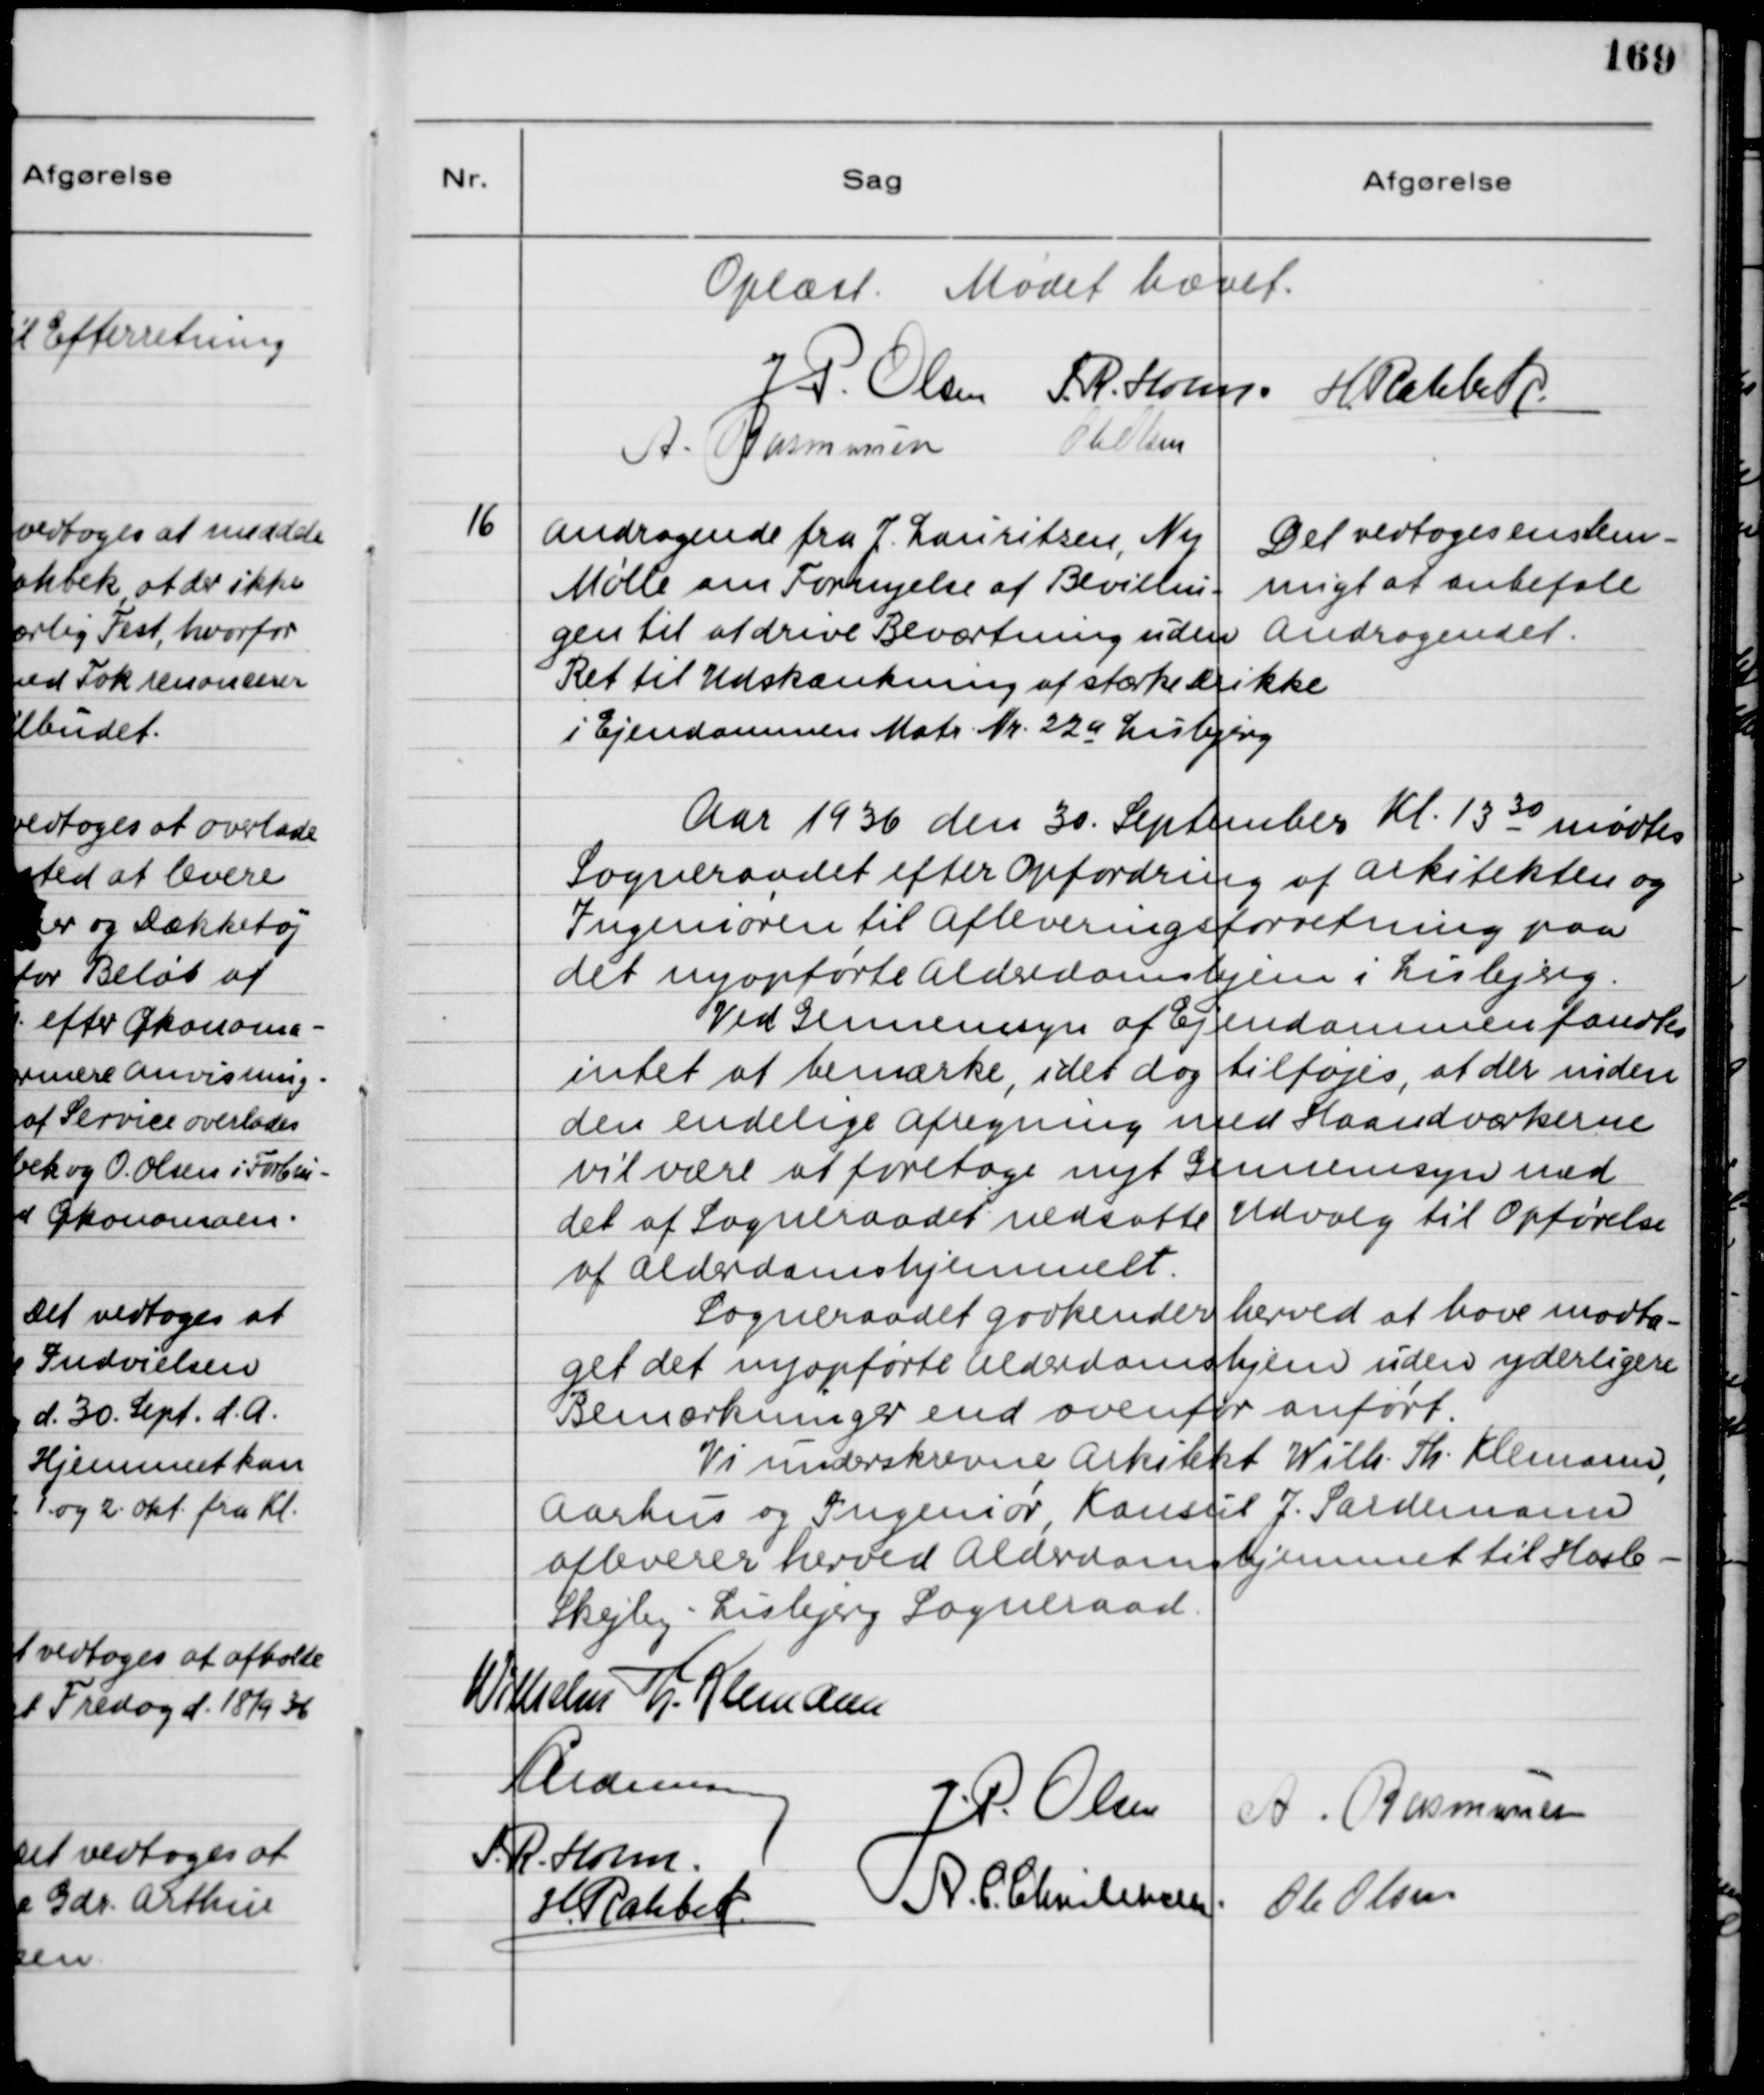
Transskription:
Oplæst. Mødet hævet.
J.P. Olsen
S. R Holm
H. Rahbek
A. Rasmussen
Ole Olsen
16
Andragende fra Lauritsen, Ny
Mølle om Fornyelse af Bevillin-
gen til at drive Beværtning uden
Ret til Udskænkning af stærke drikke
i Ejendommen Matr. Nr. 22a Lisbjerg
Det vedtoges enstem-
migt at anbefale
Andragendet.
Aar 1936 den 30. September Kl. 13 30 mødtes
Sogneraadet efter Opfordring af Arkitekten og
Ingeniøren til Afleveringsforretning paa
det nyopførte Alderdomshjem i Lisbjerg.
Ved Gennemsyn af Ejendommen fandtes
intet at bemærke, idet dog tilføjes, at der inden
den endelige Afregning med Haandværkerne
vil være at foretage nyt Gennemsyn med
det af Sogneraadet nedsatte Udvalg til Opførelse
af Alderdomshjemmet.
Sogneraadet godkender herved at have modta-
get det nyopførte Alderdomshjem uden yderligere
Bemærkninger end ovenfor anført.
Vi underskrevne Arkitekt Wilh. Th. Klemann,
Aarhus og Ingeniør, Konsul J. Sardemann
aflevere herved Alderdomshjemmet til Hasle-
Skejby-Lisbjerg Sogneraad.
Wilhelm Th. Klemann
Sardemann
J.P. Olsen
A. Rasmussen
S.R. Holm
A.C. Christensen
Ole Olsen
H. Rahbek